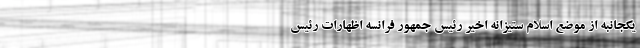
یکجانبه از موضع اسلام ستیزانه اخیر رئیس جمهور فرانسه اظهارات رئیس